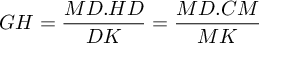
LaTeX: G H = { \frac { M D . H D } { D K } } = { \frac { M D . C M } { M K } }